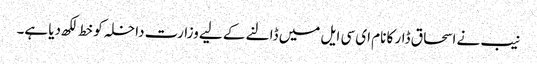
نیب نے اسحاق ڈار کا نام ای سی ایل میں ڈالنے کے لیے وزارت داخلہ کو خط لکھ دیا ہے۔